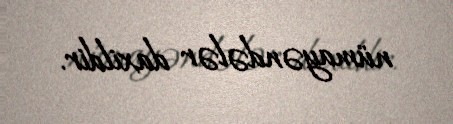
nümayəndələr daxildir.